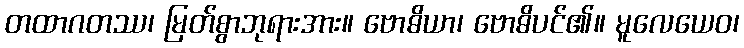
တထာဂတဿ၊ မြတ်စွာဘုရားအား။ ဗောဓိယာ၊ ဗောဓိပင်၏။ မူလေယေဝ၊